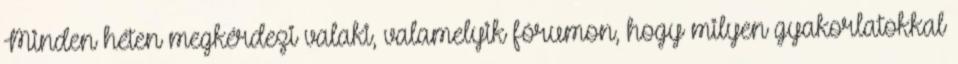
Minden héten megkérdezi valaki, valamelyik fórumon, hogy milyen gyakorlatokkal